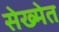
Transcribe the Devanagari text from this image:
सेख्मेत